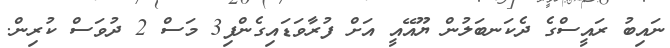
ނައިބު ރައީސްގެ ދެކަނބަލުން ޔޫއޭއީ އަށް ފުރާވަޑައިގެންފި3 މަސް 2 ދުވަސް ކުރިން.